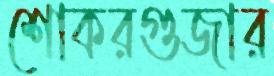
শোকরগুজার